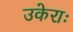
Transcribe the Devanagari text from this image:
उकेराः